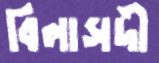
বিলাসদী